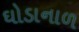
ઘોડાનાળ